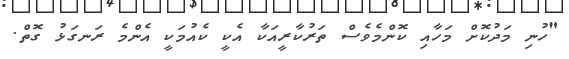
"ހުނި މަދުކޮށް މަހާއި ކޮންމެވެސް ތަރުކާރީއަކާ އެކީ ކެއުމަކީ އެންމެ ރަނގަޅު ގޮތް.